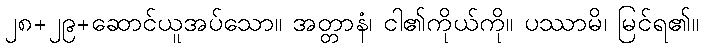
၂၈+၂၉+ဆောင်ယူအပ်သော။ အတ္တာနံ၊ ငါ၏ကိုယ်ကို။ ပဿာမိ၊ မြင်ရ၏။